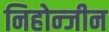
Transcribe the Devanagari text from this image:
निहोन्जीन